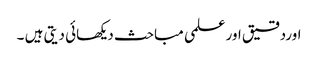
اوردقیق اور علمی مباحث دیکھائی دیتی ہیں ۔